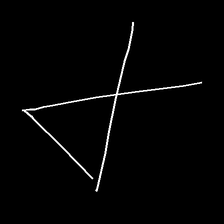
Glyph: collection